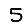
Digit: 5